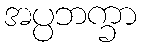
အပ္ပဘက္ခာ